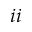
i i